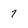
Character: 7